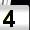
Digit: 4